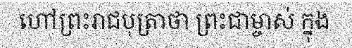
ហៅព្រះរាជបុត្រាថា ព្រះជាម្ចាស់ ក្នុង